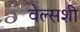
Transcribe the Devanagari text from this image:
वेल्सशी